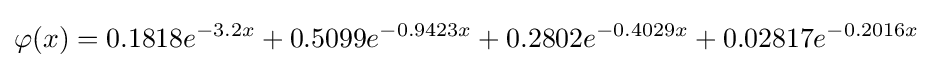
\varphi (x)=0.1818e^{-3.2x}+0.5099e^{-0.9423x}+0.2802e^{-0.4029x}+0.02817e^{-0.2016x}